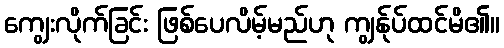
ကျွေးလိုက်ခြင်း ဖြစ်ပေလိမ့်မည်ဟု ကျွန်ုပ်ထင်မိ၏။